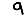
Digit: 9